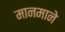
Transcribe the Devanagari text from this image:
मानमाने